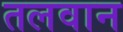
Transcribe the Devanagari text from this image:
तलवान